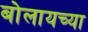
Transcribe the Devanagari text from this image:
बोलायच्या